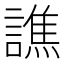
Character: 譙